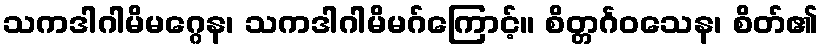
သကဒါဂါမိမဂ္ဂေန၊ သကဒါဂါမိမဂ်ကြောင့်။ စိတ္တင်္ဂဝသေန၊ စိတ်၏